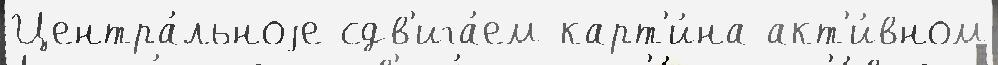
Центра́льноjе сдв'ига́ем карт'и́на акт'и́вном